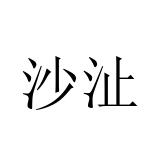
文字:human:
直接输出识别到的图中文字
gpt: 沙沚